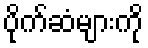
ပိုက်ဆံများကို